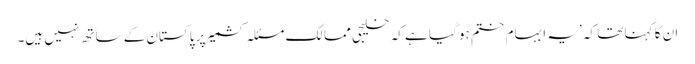
ان کا کہنا تھا کہ ’یہ ابہام ختم ہو گیا ہے کہ خلیجی ممالک مسئلہ کشمیر پر پاکستان کے ساتھ نہیں ہیں۔